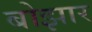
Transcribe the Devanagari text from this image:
बोझार